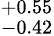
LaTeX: ^{+0.55}_{-0.42}